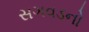
સગવડનો